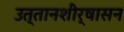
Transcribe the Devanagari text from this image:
उत्तानशीर्षासन